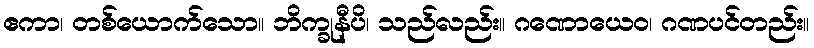
ဧကာ၊ တစ်ယောက်သော။ ဘိက္ခုနီပိ၊ သည်လည်း။ ဂဏောယေဝ၊ ဂဏပင်တည်း။